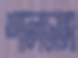
শালডাঙ্গা